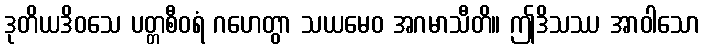
ဒုတိယဒိဝသေ ပတ္တစီဝရံ ဂဟေတွာ သယမေဝ အဂမာသီတိ။ ဤဒိသဿ အာဝါသော